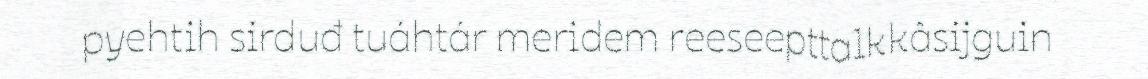
pyehtih sirduđ tuáhtár meridem reeseepttalkkâsijguin